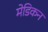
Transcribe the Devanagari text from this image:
मेडिकन